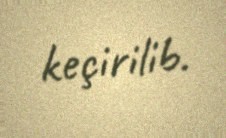
keçirilib.